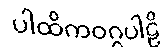
ပါထိကဝဂ္ဂပါဠိ